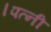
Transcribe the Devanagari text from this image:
।पत्नी